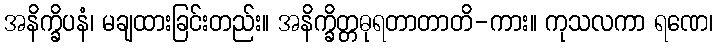
အနိက္ခိပနံ၊ မချထားခြင်းတည်း။ အနိက္ခိတ္တဓုရတာတာတိ-ကား။ ကုသလကာ ရဏေ၊